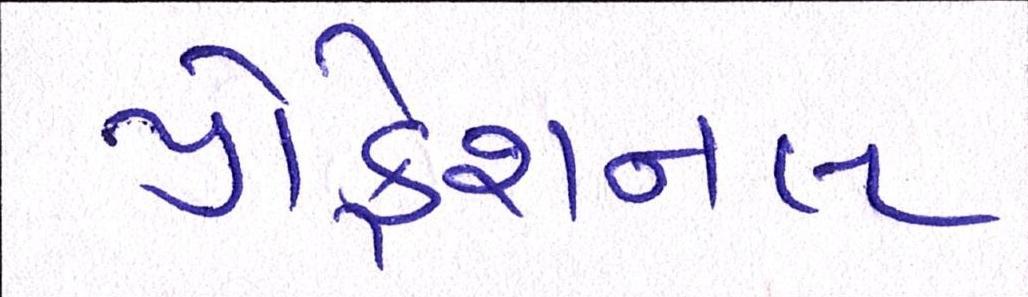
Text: પ્રોફેશનલ